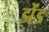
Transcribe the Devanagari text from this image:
झेंड